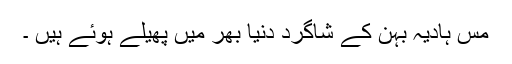
مس ہادیہ بہن کے شاگرد دنیا بھر میں پھیلے ہوئے ہیں ۔